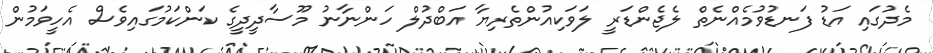
މެދުގައި އަޑު ފަނޑުވުމެއްނެތް ލެޖެންޑަރީ ލަވަކިއުންތެރިޔާ އަބްދުލް ހަންނާނު މޫސާދީދީގެ ކަންކަމުގައިވެސް އެހީވަމުން